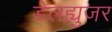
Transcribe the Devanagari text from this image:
डेलह्युजर